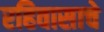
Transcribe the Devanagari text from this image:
रहिवासाचे